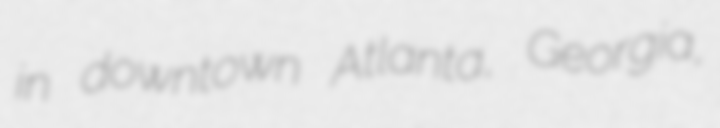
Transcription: in downtown Atlanta, Georgia,